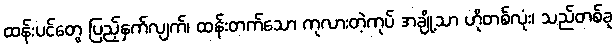
ထန်းပင်တွေ ပြည့်နှက်လျက်၊ ထန်းတက်သော ကုလားတဲ့ကုပ် အချို့သာ ဟိုတစ်လုံး၊ သည်တစ်ခု